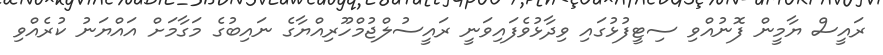
ރައީސް ޔާމީން ފޮނުއްވި ސިޓީފުޅުގައި ވިދާޅުވެފައިވަނީ ރައީސުލްޖުމްހޫރިއްޔާގެ ނައިބުގެ މަގާމަށް އައްޔަނު ކުރެއްވި